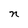
Character: n